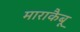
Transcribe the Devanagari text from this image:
माराकैबू